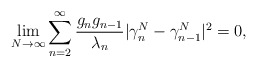
\begin{align*}{}\displaystyle\lim_{N\rightarrow\infty}\sum_{n=2}^{\infty}\frac{g_{n}g_{n-1}}{\lambda_{n}}|\gamma^{N}_{n}-\gamma^{N}_{n-1}|^{2}=0,\end{align*}